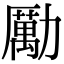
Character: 勵